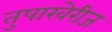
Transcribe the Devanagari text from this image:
तुपाखेरीज